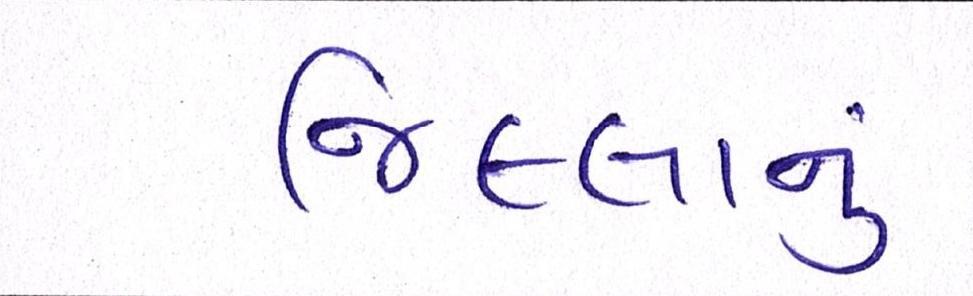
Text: જિલ્લાનું